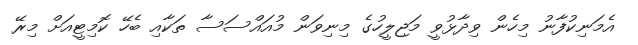
އެމަނިކުފާނު މިހެން ވިދާޅުވީ މަޖިލީހުގެ މިނިވަން މުއައްސަސާ ތަކާއި ބެހޭ ކޮމިޓީއަށް މިރޭ